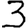
Digit: 3